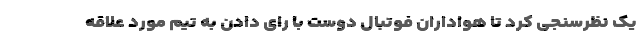
یک نظرسنجی کرد تا هواداران فوتبال دوست با رای دادن به تیم مورد علاقه